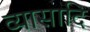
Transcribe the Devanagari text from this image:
व्यासादि